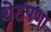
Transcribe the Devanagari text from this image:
थेटपणा